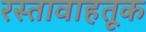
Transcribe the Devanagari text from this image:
रस्तावाहतूक